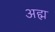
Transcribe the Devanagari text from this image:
अह्म